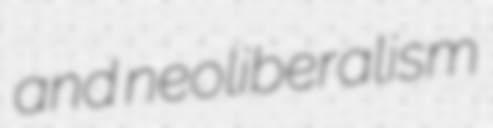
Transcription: and neoliberalism